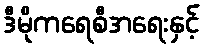
ဒီမိုကရေစီအရေးနှင့်